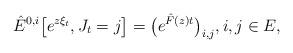
LaTeX: \begin{align*}\hat{E}^{0,i}\big[e^{z {\xi}_t},J_t=j\big]=\big(e^{\hat{F}(z)t}\big)_{i,j},i,j\in E,\end{align*}